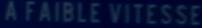
À FAIBLE VITESSE